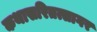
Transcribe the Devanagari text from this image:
कथासरितत्सागर